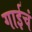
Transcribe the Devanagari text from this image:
गाईचं